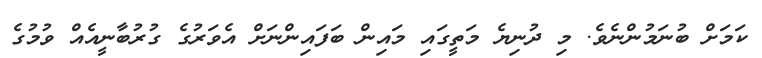
ކަމަށް ބުނަމުންނެވެ. މި ދުނިޔެ މަތީގައި މައިން ބަފައިންނަށް އެވަރުގެ ގުރުބާނީއެއް ވުމުގެ